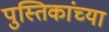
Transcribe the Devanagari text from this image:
पुस्तिकांच्‍या